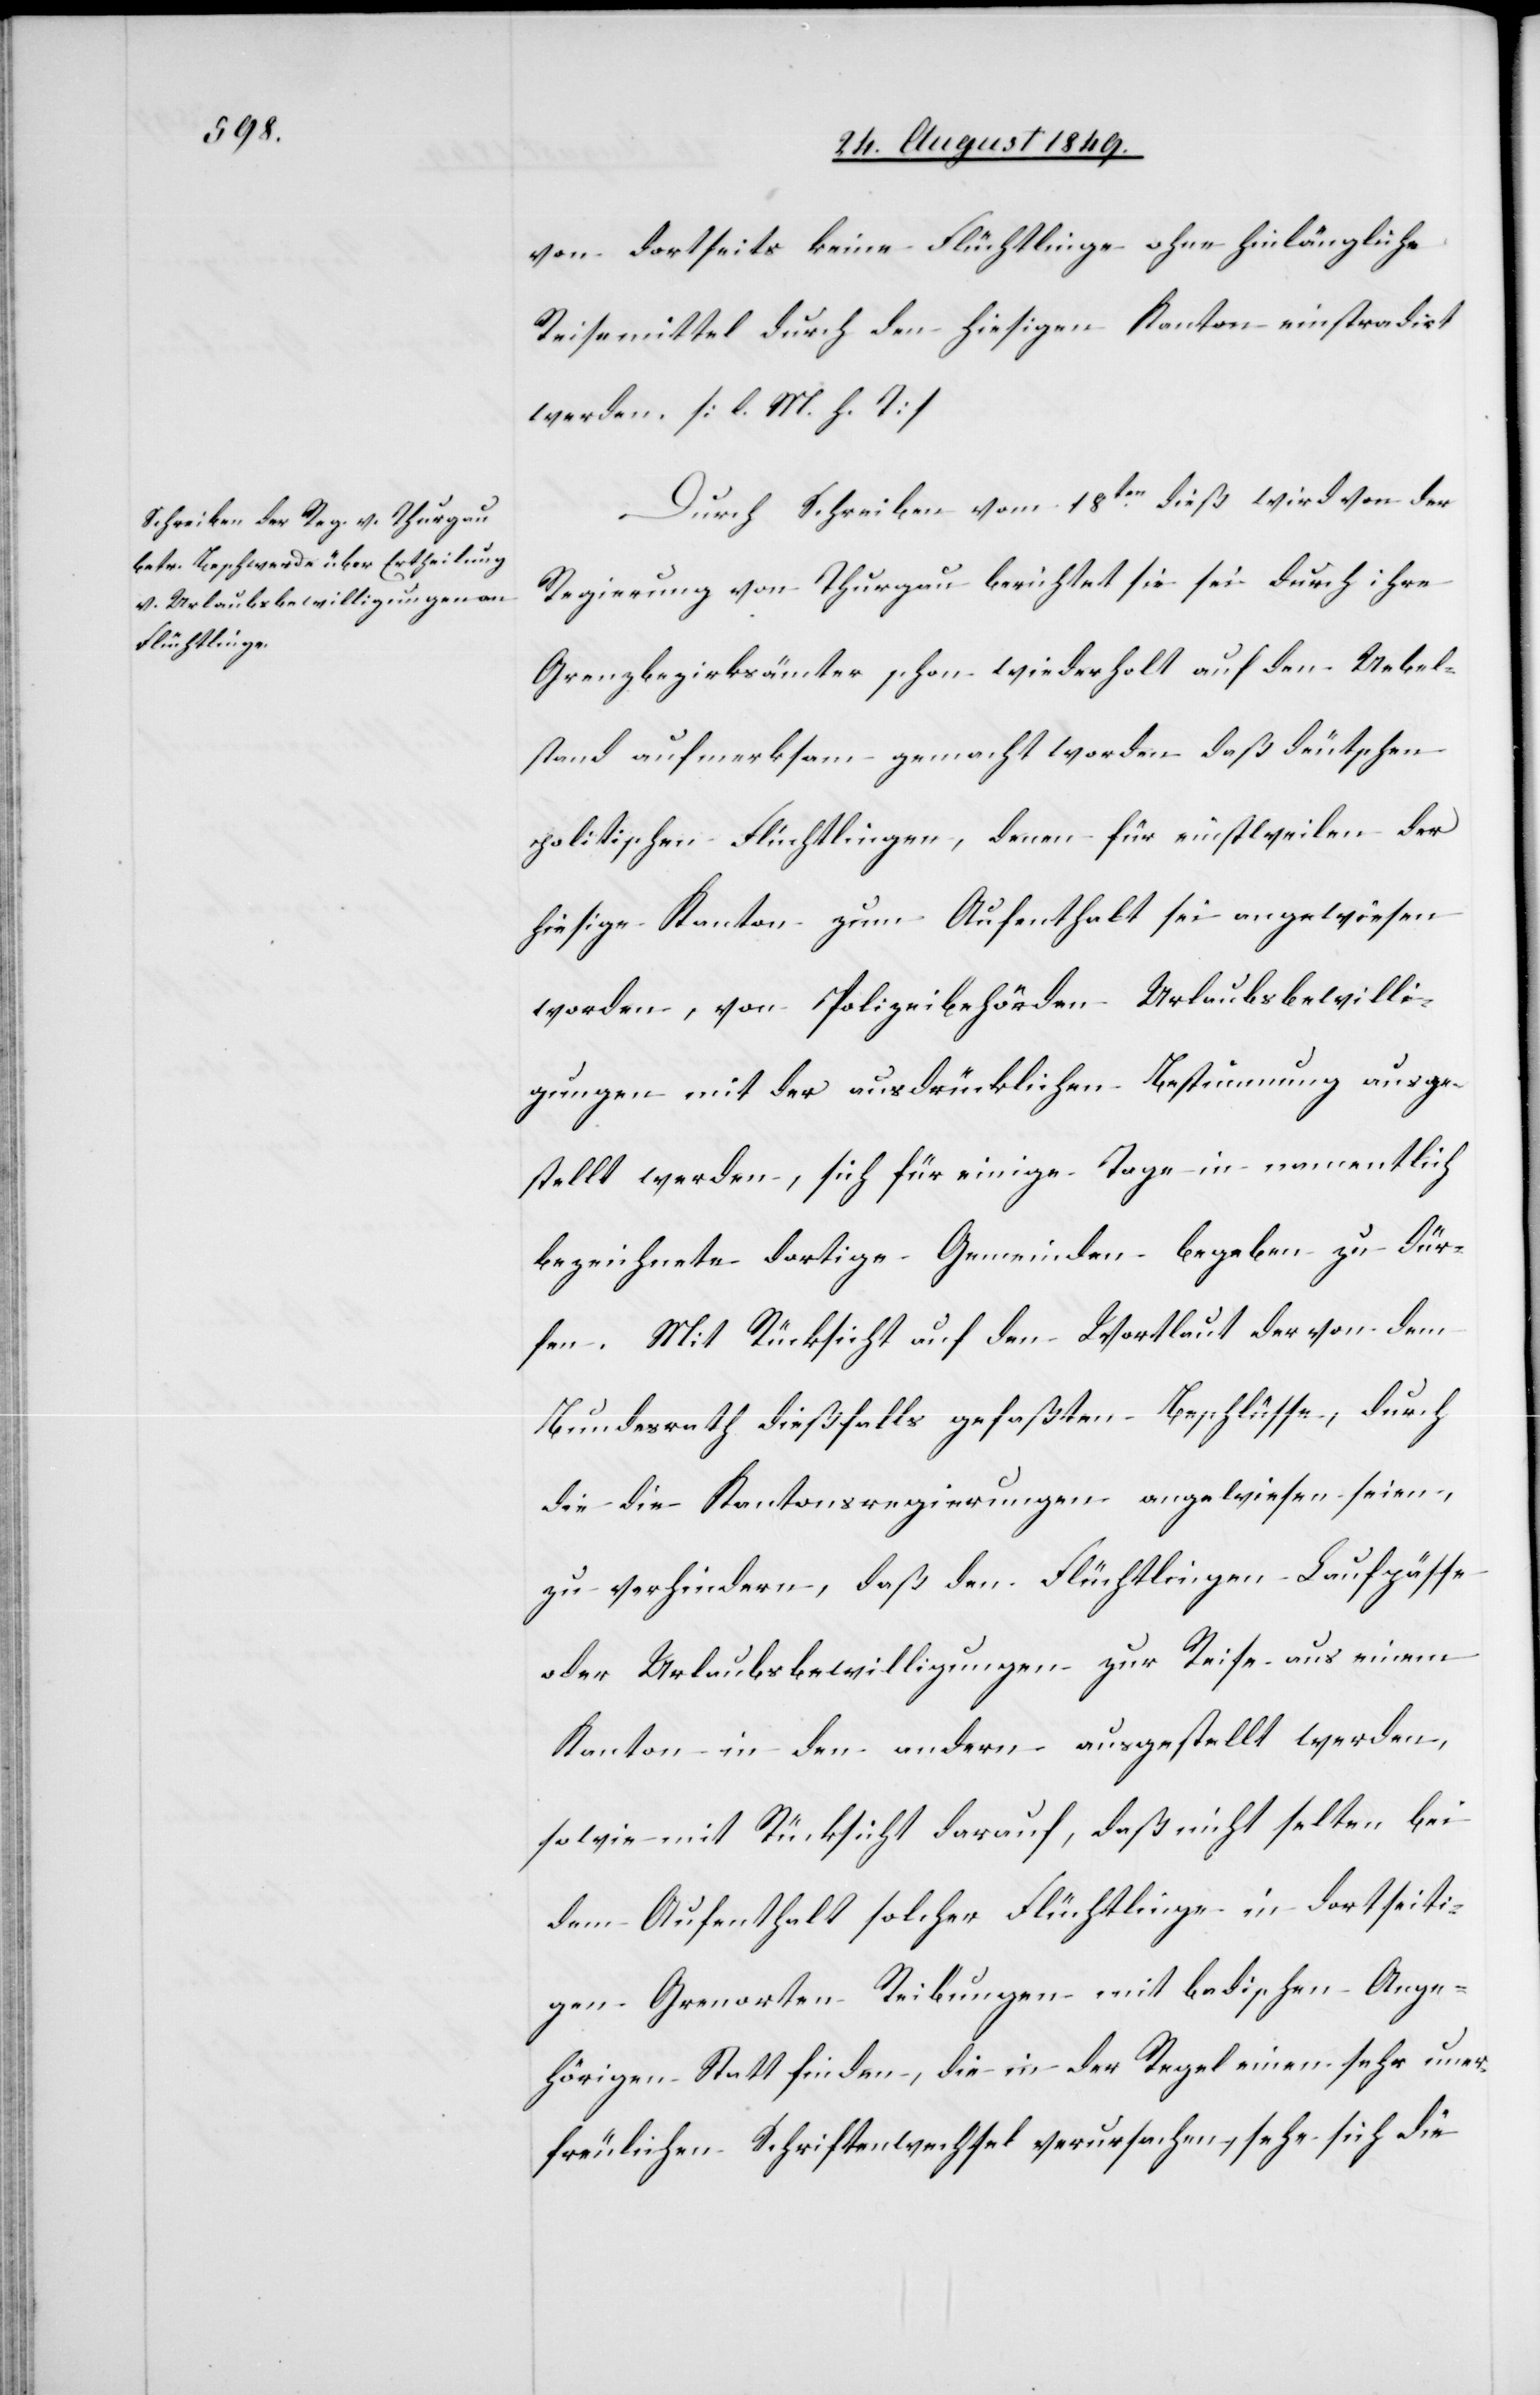
von dortseits keine Flüchtlinge ohne hinlängliche
Reisemittel durch den hiesigen Kanton einstradirt
werden. [l. M. h. T]
Durch Schreiben vom 18ten dieß wird von der
Regierung von Thurgau berichtet sie sei durch ihre
Grenzbezirksämter schon wiederholt auf den Uebel¬
stand aufmerksam gemacht worden daß deutschen
politischen Flüchtlingen, denen für einstweilen der
hiesige Kanton zum Aufenthalt sei angewiesen
worden, von Polizeibehörden Urlaubsbewilli¬
gungen mit der ausdrücklichen Bestimmung ausge¬
stellt werden, sich für einige Tage in namentlich
bezeichnete dortige Gemeinden begeben zu dür¬
fen. Mit Rücksicht auf den Wortlaut der von dem
Bundesrath dießfalls gefaßten Beschlüsse, durch
die die Kantonsregierungen angewiesen seien,
zu verhindern, daß den Flüchtlingen Laufpässe
oder Urlaubsbewilligungen zur Reise aus einem
Kanton in den andern ausgestellt werden,
sowie mit Rücksicht darauf, daß nicht selten bei
dem Aufenthalt solcher Flüchtlinge in dortseiti¬
gen Grenzorten Reibungen mit badischen Ange¬
hörigen Statt finden, die in der Regel einen sehr uner¬
freulichen Schriftenwechsel verursachen, sehe sich die